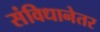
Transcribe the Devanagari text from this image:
संविधानेतर